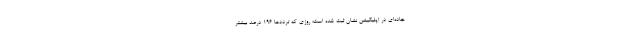
جاده‌ای در اپلیکیشن نشان ثبت شده است؛ روزی که ترددها ۱۹۶ درصد بیشتر